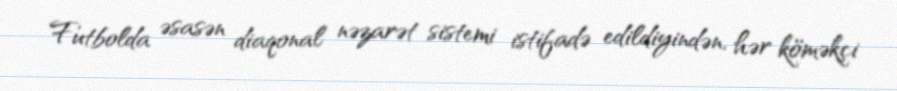
Futbolda əsasən diaqonal nəzarət sistemi istifadə edildiyindən, hər köməkçi